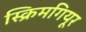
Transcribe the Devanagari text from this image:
स्क्रिमगियूर